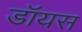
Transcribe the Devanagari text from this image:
डॉयस